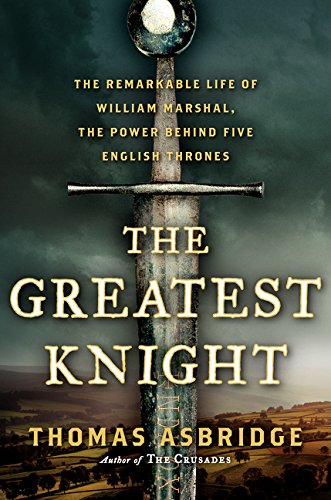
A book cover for The Greatest Knight: The Remarkable Life of William Marshal, the Power Behind Five English Thrones; Thomas Asbridge; Biographies & Memoirs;